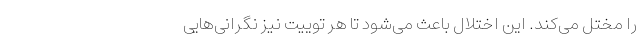
را مختل می‌کند. این اختلال باعث می‌شود تا هر توییت نیز نگرانی‌هایی